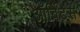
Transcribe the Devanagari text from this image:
ऑर्बिट्स